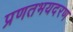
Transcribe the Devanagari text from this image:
प्रणतभयदरण